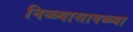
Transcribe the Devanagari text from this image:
निळ्यासावळ्या